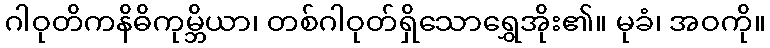
ဂါဝုတိကနိဓိကုမ္ဘိယာ၊ တစ်ဂါဝုတ်ရှိသောရွှေအိုး၏။ မုခံ၊ အဝကို။